Indian journal of veterinary science and animal husbandry - Volumes 26-27, 1956-1957
Year: 1956
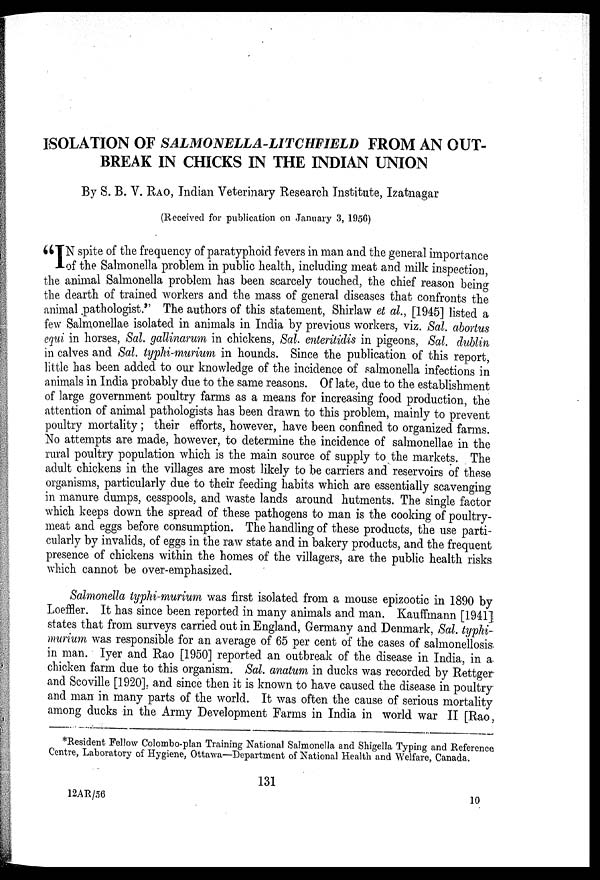
ISOLATION OF SALMONELLA-LITCHFIELD FROM AN OUT-
BREAK IN CHICKS IN THE INDIAN UNION
By S. B. V. RAO, Indian Veterinary Research Institute, Izatnagar
(Received for publication on January 3, 1956)
"IN spite of the frequency of paratyphoid fevers in man and the general importance
of the Salmonella problem in public health, including meat and milk inspection,
the animal Salmonella problem has been scarcely touched, the chief reason being
the dearth of trained workers and the mass of general diseases that confronts the
animal pathologist." The authors of this statement, Shirlaw et al., [1945] listed a
few Salmonellae isolated in animals in India by previous workers, viz. Sal. abortus
equi in horses, Sal. gallinarum in chickens, Sal. enteritidis in pigeons, Sal. dublin
in calves and Sal. typhi-murium in hounds. Since the publication of this report,
little has been added to our knowledge of the incidence of salmonella infections in
animals in India probably due to the same reasons. Of late, due to the establishment
of large government poultry farms as a means for increasing food production, the
attention of animal pathologists has been drawn to this problem, mainly to prevent
poultry mortality ; their efforts, however, have been confined to organized farms.
No attempts are made, however, to determine the incidence of salmonellae in the
rural poultry population which is the main source of supply to the markets. The
adult chickens in the villages are most likely to be carriers and reservoirs of these
organisms, particularly due to their feeding habits which are essentially scavenging
in manure dumps, cesspools, and waste lands around hutments. The single factor
which keeps down the spread of these pathogens to man is the cooking of poultry-
meat and eggs before consumption. The handling of these products, the use parti-
cularly by invalids, of eggs in the raw state and in bakery products, and the frequent
presence of chickens within the homes of the villagers, are the public health risks
which cannot be over-emphasized.
Salmonella typhi-murium was first isolated from a mouse epizootic in 1890 by
Loeffler. It has since been reported in many animals and man. Kauffmann [1941]
states that from surveys carried out in England, Germany and Denmark, Sal. typhi-
murium was responsible for an average of 65 per cent of the cases of salmonellosis
in man. Iyer and Rao [1950] reported an outbreak of the disease in India, in a
chicken farm due to this organism. Sal. anatum in ducks was recorded by Rettger
and Scoville [1920], and since then it is known to have caused the disease in poultry
and man in many parts of the world. It was often the cause of serious mortality
among ducks in the Army Development Farms in India in world war II [Rao,
*Resident Fellow Colombo-plan Training National Salmonella and Shigella Typing and Reference
Centre, Laboratory of Hygiene, Ottawa—Department of National Health and Welfare, Canada.
131
12AR/56
10